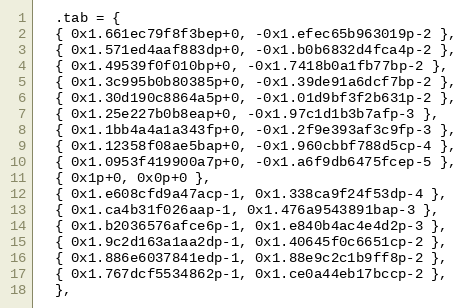
Language: C
  .tab = {
  { 0x1.661ec79f8f3bep+0, -0x1.efec65b963019p-2 },
  { 0x1.571ed4aaf883dp+0, -0x1.b0b6832d4fca4p-2 },
  { 0x1.49539f0f010bp+0, -0x1.7418b0a1fb77bp-2 },
  { 0x1.3c995b0b80385p+0, -0x1.39de91a6dcf7bp-2 },
  { 0x1.30d190c8864a5p+0, -0x1.01d9bf3f2b631p-2 },
  { 0x1.25e227b0b8eap+0, -0x1.97c1d1b3b7afp-3 },
  { 0x1.1bb4a4a1a343fp+0, -0x1.2f9e393af3c9fp-3 },
  { 0x1.12358f08ae5bap+0, -0x1.960cbbf788d5cp-4 },
  { 0x1.0953f419900a7p+0, -0x1.a6f9db6475fcep-5 },
  { 0x1p+0, 0x0p+0 },
  { 0x1.e608cfd9a47acp-1, 0x1.338ca9f24f53dp-4 },
  { 0x1.ca4b31f026aap-1, 0x1.476a9543891bap-3 },
  { 0x1.b2036576afce6p-1, 0x1.e840b4ac4e4d2p-3 },
  { 0x1.9c2d163a1aa2dp-1, 0x1.40645f0c6651cp-2 },
  { 0x1.886e6037841edp-1, 0x1.88e9c2c1b9ff8p-2 },
  { 0x1.767dcf5534862p-1, 0x1.ce0a44eb17bccp-2 },
  },